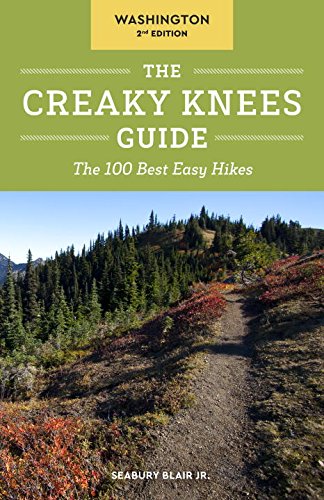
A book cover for The Creaky Knees Guide Washington, 2nd Edition: The 100 Best Easy Hikes; Seabury Blair Jr.; Travel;